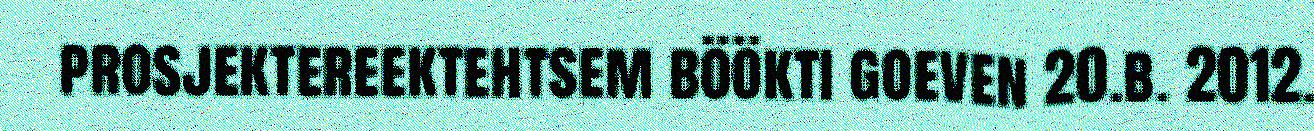
prosjektereektehtsem böökti goeven 20.b. 2012.